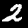
Label: 2